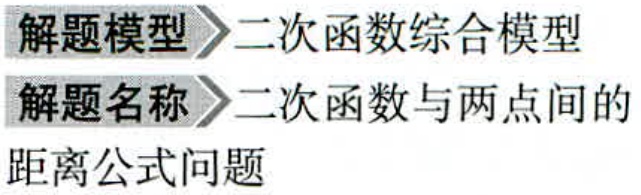
解题模型$\rhd$二次函数综合模型
解题名称$\rhd$二次函数与两点间的
距离公式问题